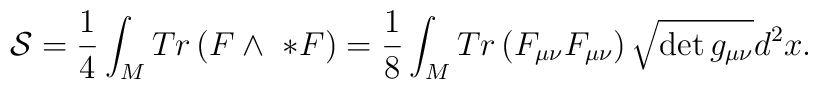
{\cal S} = \frac{1}{4}\int_{M} Tr \left( F \wedge \ *F \right)=  \frac{1}{8}\int_{M} Tr \left( F_{\mu \nu} F_{\mu \nu} \right) \sqrt{ \det g_{\mu \nu}} d^{2}x.